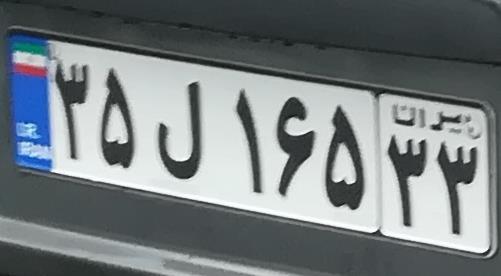
۳۵ل۱۶۵۳۳